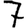
Digit: 7